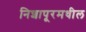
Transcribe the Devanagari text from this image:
निशापूरमधील